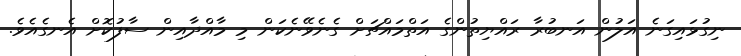
ނިގުޅައިގަނެ އަލުން އަނބުރާ ރައްޔިތުންގެ އަތްމައްޗަށް ގެނެވޭނެކަން މި މާއްދާއިން ސާފުކޮށް އެނގެއެވެ.